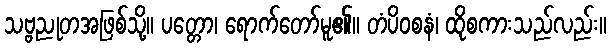
သဗ္ဗညုတအဖြစ်သို့။ ပတ္တော၊ ရောက်တော်မူ၏။ တံပိဝစနံ၊ ထိုစကားသည်လည်း။